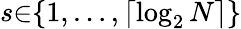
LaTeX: s{\in}\{ 1,\ldots,\lceil\log_{2}N\rceil\}